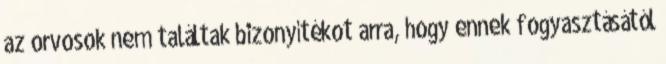
az orvosok nem találtak bizonyítékot arra, hogy ennek fogyasztásától